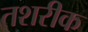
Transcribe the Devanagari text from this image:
तशरीक